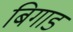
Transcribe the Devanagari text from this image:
बिगाडं